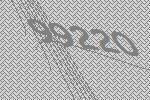
99220